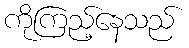
ကိုကြည့်နေသည်